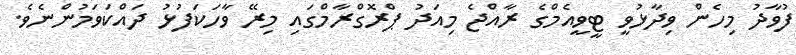
ފުވާދު މިހެން ވިދާޅުވީ ޓީވީއެމްގެ ރާއްޖެ މިއަދު ޕްރޮގްރާމްގައި މިރޭ ވާހަކަފުޅު ދައްކަވަމުންނެވެ.